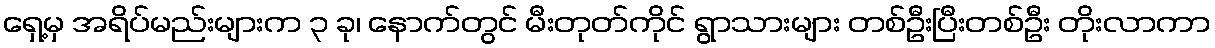
ရှေ့မှ အရိပ်မည်းများက ၃ ခု၊ နောက်တွင် မီးတုတ်ကိုင် ရွာသားများ တစ်ဦးပြီးတစ်ဦး တိုးလာကာ